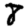
Digit: 8